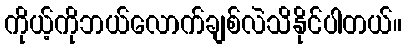
ကိုယ့်ကိုဘယ်လောက်ချစ်လဲသိနိုင်ပါတယ်။